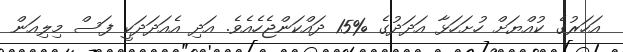
އަހަރުގެ ކުއްޔަށް ހުށަހަޅާ އަދަދުގެ %15 ދައްކަންޖެހެއެވެ. އަދި އެއަދަދަކީ ފަސް މިލިއަން